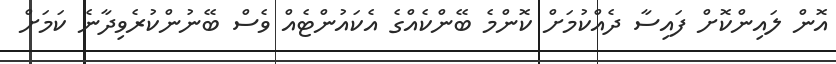
އޮން ލައިންކޮށް ފައިސާ ދެއްކުމަށް ކޮންމެ ބޭންކެއްގެ އެކައުންޓެއް ވެސް ބޭނުންކުރެވިދާނެ ކަމަށް